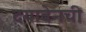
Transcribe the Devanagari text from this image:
दयाबेनची